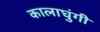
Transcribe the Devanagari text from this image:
कालाघुंगी